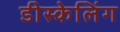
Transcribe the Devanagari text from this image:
डीस्केलिंग